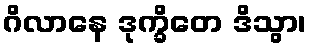
ဂိလာနေ ဒုက္ခိတေ ဒိသွာ၊